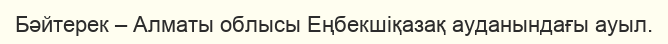
Бәйтерек – Алматы облысы Еңбекшіқазақ ауданындағы ауыл.